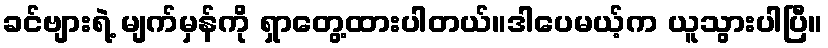
ခင်ဗျားရဲ့ မျက်မှန်ကို ရှာတွေ့ထားပါတယ်။ဒါပေမယ့်က ယူသွားပါပြီ။